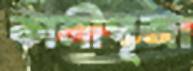
কালীপূজা